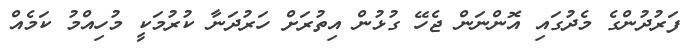
ފަރުދުންގެ މެދުގައި އޮންނަން ޖެހޭ ގުޅުން އިތުރަށް ހަރުދަނާ ކުރުމަކީ މުހިއްމު ކަމެއް